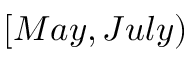
[ M a y , J u l y )